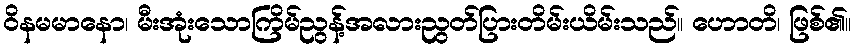
ဝိနမမာနော၊ မီးအုံးသောကြိမ်ညွန့်အလားညွတ်ပြားတိမ်းယိမ်းသည်။ ဟောတိ၊ ဖြစ်၏။